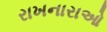
રાખનારાઓ